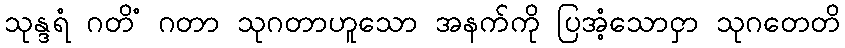
သုန္ဒရံ ဂတိံ ဂတာ သုဂတာဟူသော အနက်ကို ပြအံ့သောငှာ သုဂတေတိ